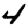
Digit: 4